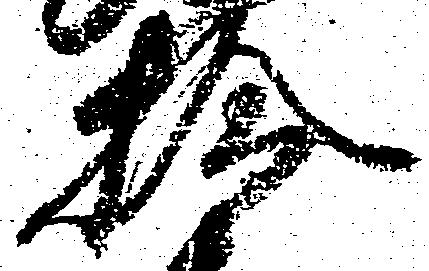
拾